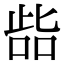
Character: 啙